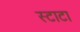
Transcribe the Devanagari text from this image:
स्टाटा